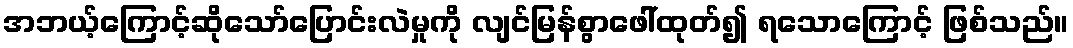
အဘယ့်ကြောင့်ဆိုသော်ပြောင်းလဲမှုကို လျင်မြန်စွာဖေါ်ထုတ်၍ ရသောကြောင့် ဖြစ်သည်။